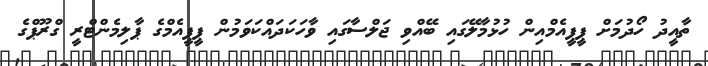
ތާއީދު ހޯދުމަށް ޕީޕީއެމްއިން ހުޅުމާލޭގައި ބޭއްވި ޖަލްސާގައި ވާހަކަދައްކަވަމުން ޕީޕީއެމްގެ ޕާލިމެންޓްރީ ގްރޫޕްގެ